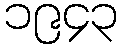
၁၉၄၃